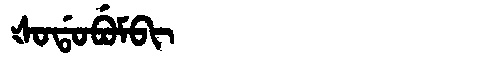
Manchu: ᡧᠣᡩᠣᠪᡠᠮᠪᡳ
Romanization: ŠODOBUMBI